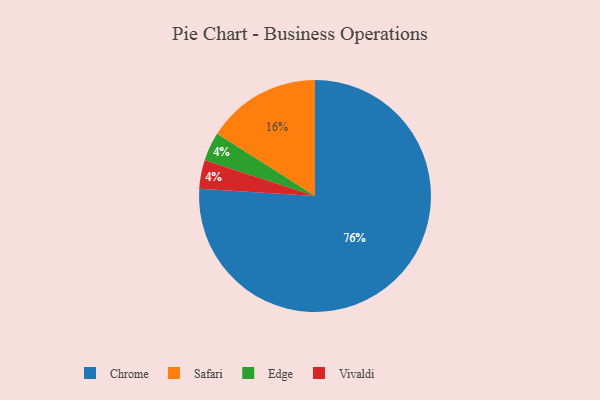
{"axis": {"x": "Category", "y": "Percentage"}, "legend": ["Chrome", "Edge", "Safari", "Vivaldi"], "data": [{"x": "Edge", "y": 4, "type": "Edge"}, {"x": "Safari", "y": 16, "type": "Safari"}, {"x": "Chrome", "y": 76, "type": "Chrome"}, {"x": "Vivaldi", "y": 4, "type": "Vivaldi"}]}